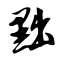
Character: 黜